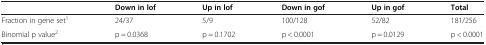
<table><thead><tr><td><b> </b></td><td><b>Down in lof</b></td><td><b>Up in lof</b></td><td><b>Down in gof</b></td><td><b>Up in gof</b></td><td><b>Total</b></td></tr></thead><tbody><tr><td>Fraction in gene set<sup>1</sup></td><td>24/37</td><td>5/9</td><td>100/128</td><td>52/82</td><td>181/256</td></tr><tr><td>Binomial p value<sup>2</sup></td><td>p = 0.0368</td><td>p = 0.1702</td><td>p &lt; 0.0001</td><td>p = 0.0129</td><td>p &lt; 0.0001</td></tr></tbody></table>